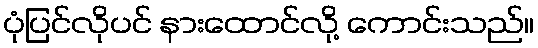
ပုံပြင်လိုပင် နားထောင်လို့ ကောင်းသည်။